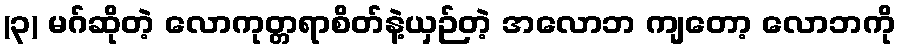
(၃) မဂ်ဆိုတဲ့ လောကုတ္တရာစိတ်နဲ့ယှဉ်တဲ့ အလောဘ ကျတော့ လောဘကို